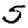
Digit: 5